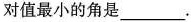
对值最小的角是___.